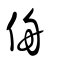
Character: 侜